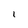
Character: 1